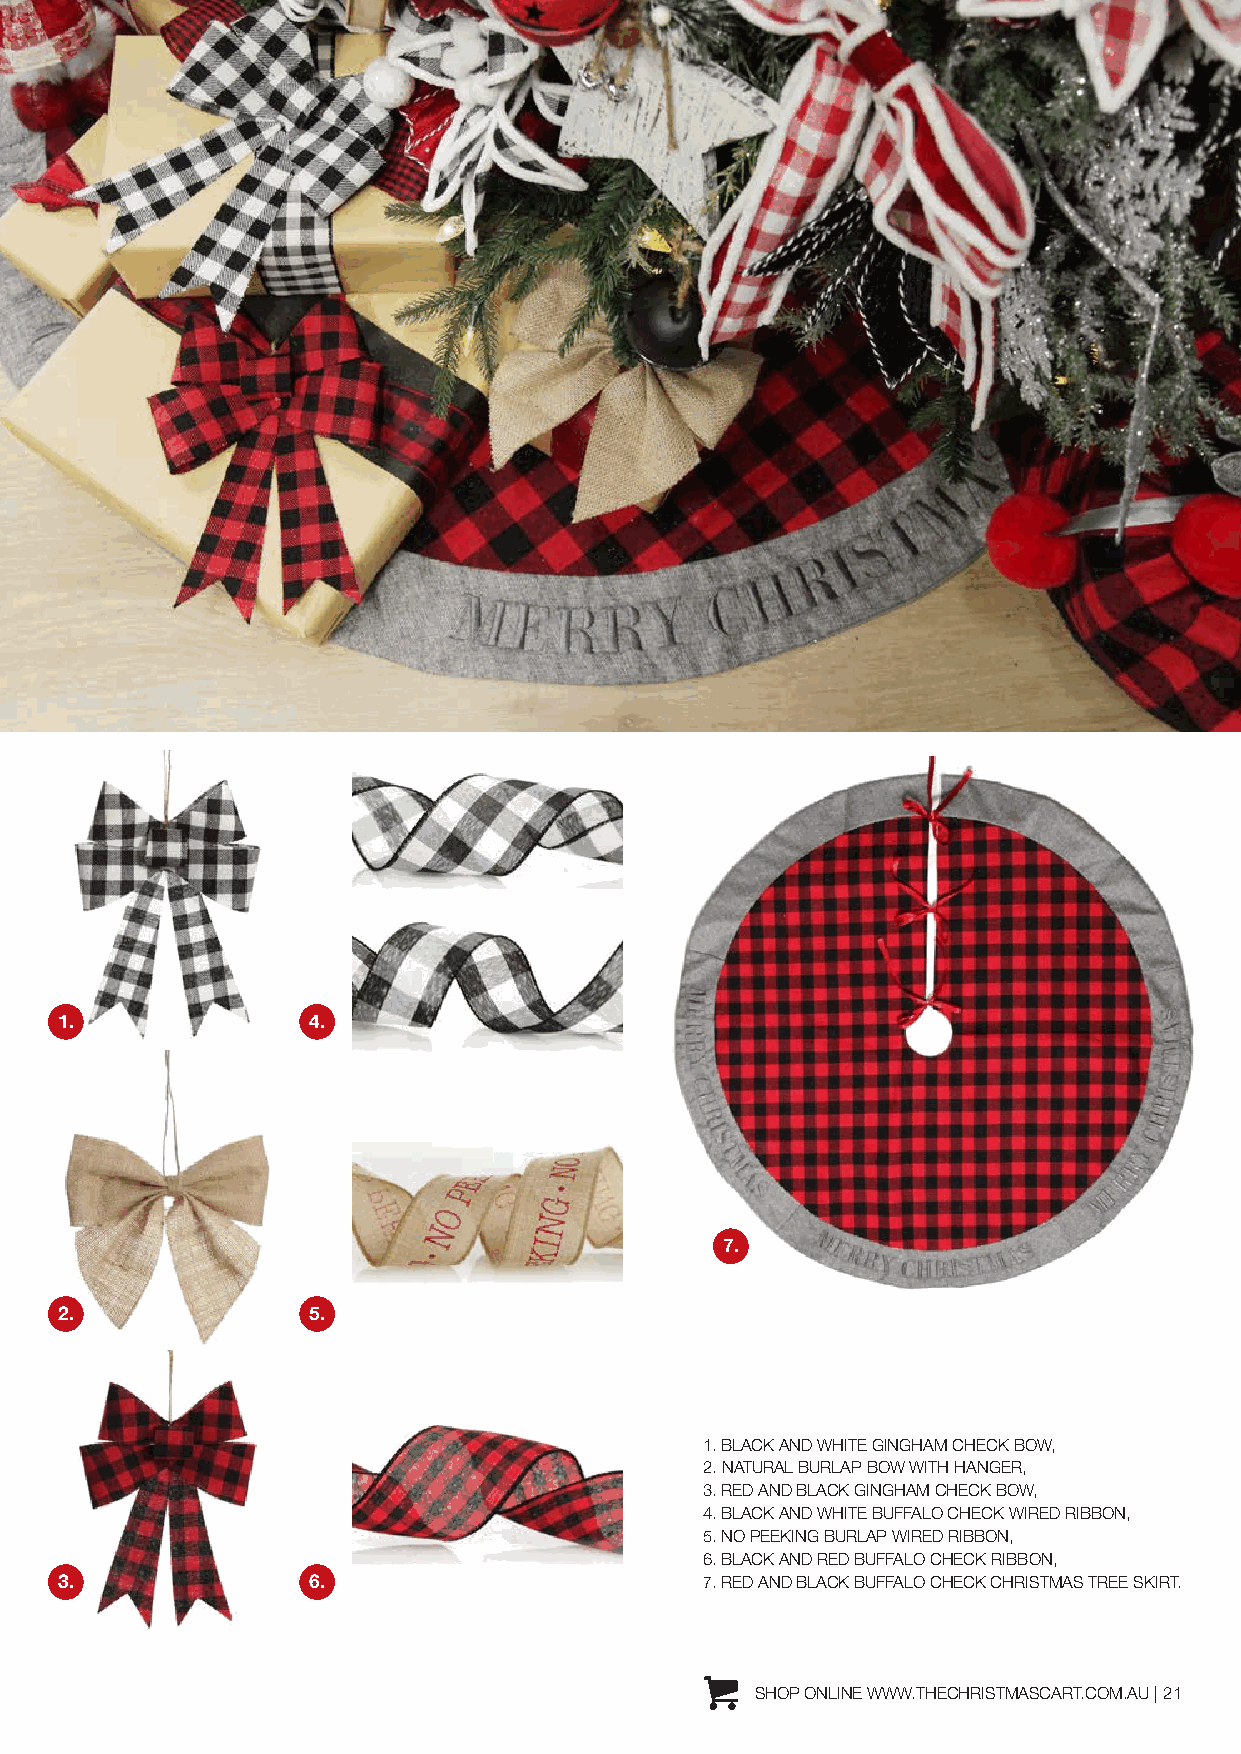
1.              4.
 7.
 2.              5.
 1. BLACK AND WHITE GINGHAM CHECK BOW,
 2. NATURAL BURLAP BOW WITH HANGER,
 3. RED AND BLACK GINGHAM CHECK BOW,
 4. BLACK AND WHITE BUFFALO CHECK WIRED RIBBON,
 5. NO PEEKING BURLAP WIRED RIBBON,
 6. BLACK AND RED BUFFALO CHECK RIBBON,
 3.              6.                         7. RED AND BLACK BUFFALO CHECK CHRISTMAS TREE SKIRT.
 SHOP ONLINE WWW.THECHRISTMASCART.COM.AU | 21